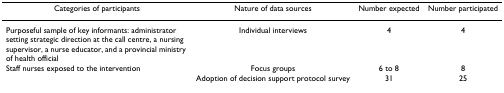
<table><thead><tr><td><b>Categories of participants</b></td><td><b>Nature of data sources</b></td><td><b>Number expected</b></td><td><b>Number participated</b></td></tr></thead><tbody><tr><td>Purposeful sample of key informants: administrator setting strategic direction at the call centre, a nursing supervisor, a nurse educator, and a provincial ministry of health official</td><td>Individual interviews</td><td>4</td><td>4</td></tr><tr><td>Staff nurses exposed to the intervention</td><td>Focus groups</td><td>6 to 8</td><td>8</td></tr><tr><td>[EMPTY_CELL]</td><td>Adoption of decision support protocol survey</td><td>31</td><td>25</td></tr></tbody></table>